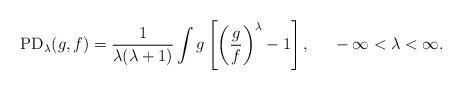
LaTeX: \begin{align*}{\rm PD}_\lambda(g,f)=\frac{1}{\lambda(\lambda + 1)} \int g \left[\left(\frac{g}{f}\right)^\lambda-1\right],~~~~ -\infty<\lambda<\infty.\end{align*}